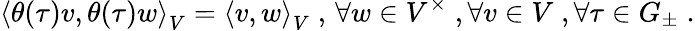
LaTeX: \left\langle\theta(\tau)v,\theta(\tau)w\right\rangle_{V}=\left\langle v,w\right\rangle_{V}\; ,\, \forall w\in V^{\times}\; ,\forall v\in V\; ,\forall\tau\in G_{\pm}\; .